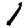
Digit: 1